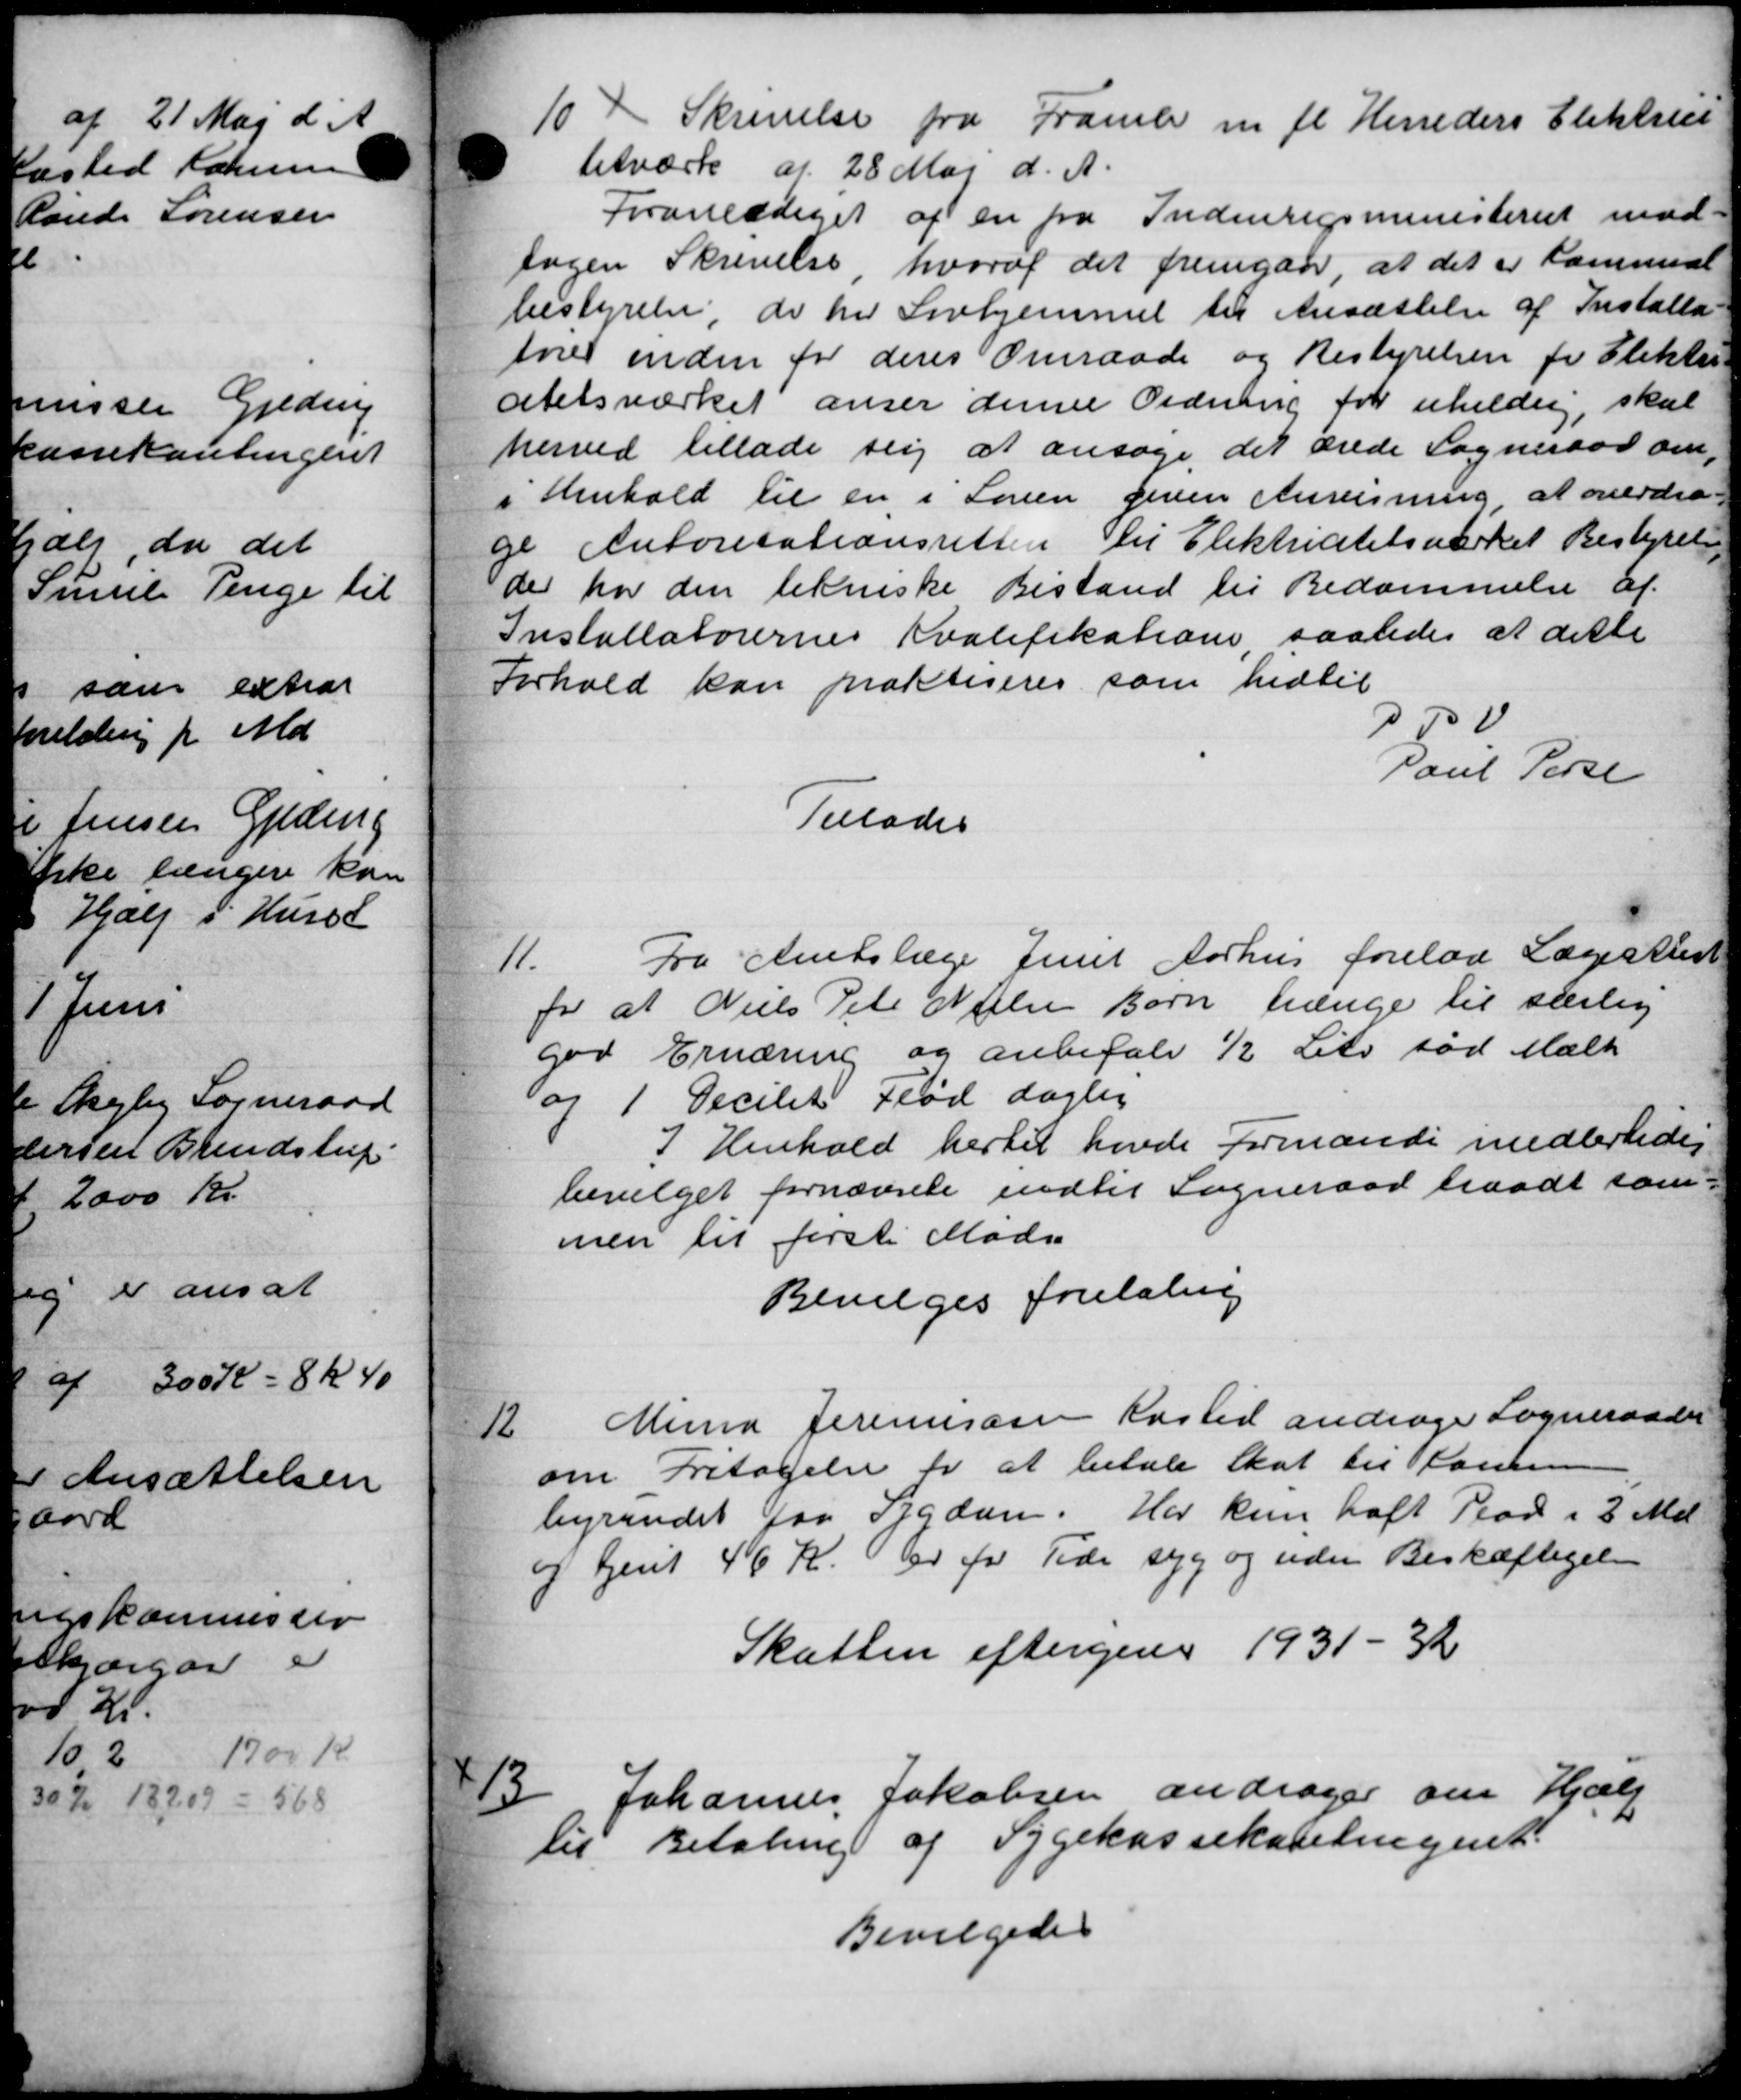
Transskription:
10
Skrivelse fra Framle m fl Herreders Elektric
letværk af 28 Maj d. A.
Foranlediget af en fra Indenrigsministeriet med-
sagen Skrivelse hvoraf det fremgaar, at det er kommese
bestyrelse, de her Lovhjemmel til Ansættelse af Installa
fører inden for deres Omraade og Bestyrelsen for Elektri
atetsværket anser denne Ordning for uheldrig, skal
herved tillade sig at ansøge det ærede Sogneraad om,
i Henhold til en i Loven given Anvisning at overdra-
ge Autorisationsretten til Elektricitetsværket Bestyrelse
der har den tekniske Bistand til Bedømmelse af
Installatørernes Kvalifikatione, saaledes at dette
Forhold kan praktiseres som hidtil
P0
Poul Perse
Tillades
11.
Fra Amtslæge Jent Aarhus forelaa Lægekusk
for at Niels Peter Nielsen Børn trænge til særlig
god Ernæring og anbefale ½ Lito sød Mælk
og 1 Decilet Flød daglig
I Henhold hertil havde Formande midlertide
bevilget fornævnte indtil Sogneraad traadt sam-
men til første Møde
Bevilges foretaling
12
Minia Terensessen Kasted andrage Sogneraadet
om Fritagelse for at betale Skat til Komm
byrendet faa Sygdom. Har kun haft Plad i 3 Md
og Gjent 46 Kr. er for Tide syg og uden Beskæftigelse
Skatten eftergive 1931-32
13
Johannes Jakobsen andrager om Hjælp
til Betaling af Sygekassekabetingent.
Bevilgedes